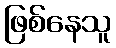
ဖြစ်နေသူ